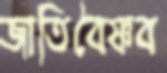
জাতিবৈষ্ণব